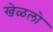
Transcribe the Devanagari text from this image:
खेळलो